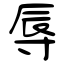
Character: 辱